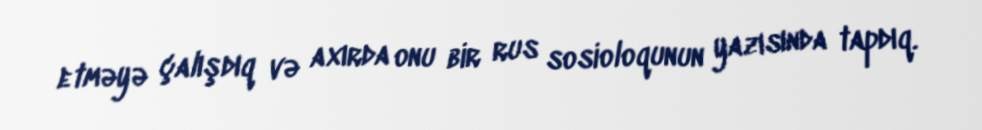
etməyə çalışdıq və axırda onu bir rus sosioloqunun yazısında tapdıq.